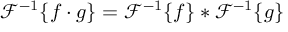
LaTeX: { \mathcal { F } } ^ { - 1 } \{ f \cdot g \} = { \mathcal { F } } ^ { - 1 } \{ f \} * { \mathcal { F } } ^ { - 1 } \{ g \}